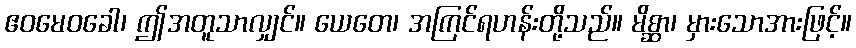
ဧဝမေဝခေါ၊ ဤအတူသာလျှင်။ ယေတေ၊ အကြင်ရဟန်းတို့သည်။ မိစ္ဆာ၊ မှားသောအားဖြင့်။